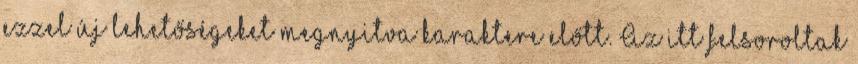
ezzel új lehetőségeket megnyitva karaktere előtt. Az itt felsoroltak